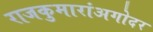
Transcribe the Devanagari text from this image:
राजकुमारांअगोदर